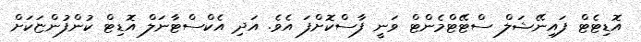
އޮޑިޓެޓް ފައިނޭޝަލް ސްޓޭޓްމެންޓް ވަނީ ފާސްކޮށްފަ އެވެ. އަދި އެކްސްޓާނަލް އޮޑިޓް ކުންފުންޏަކަށް